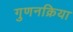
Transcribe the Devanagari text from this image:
गुणनक्रिया